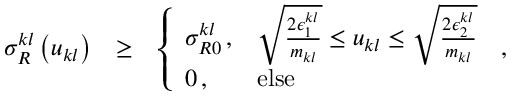
\begin{array} { r l r } { \sigma _ { R } ^ { k l } \left( u _ { k l } \right) } & { \ge } & { \left\{ \begin{array} { l l } { \sigma _ { R 0 } ^ { k l } \, , } & { \sqrt { \frac { 2 \epsilon _ { 1 } ^ { k l } } { m _ { k l } } } \le u _ { k l } \le \sqrt { \frac { 2 \epsilon _ { 2 } ^ { k l } } { m _ { k l } } } } \\ { 0 \, , } & { \mathrm { e l s e } } \end{array} \right. \, , } \end{array}